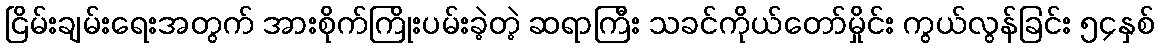
ငြိမ်းချမ်းရေးအတွက် အားစိုက်ကြိုးပမ်းခဲ့တဲ့ ဆရာကြီး သခင်ကိုယ်တော်မှိုင်း ကွယ်လွန်ခြင်း ၅၄နှစ်